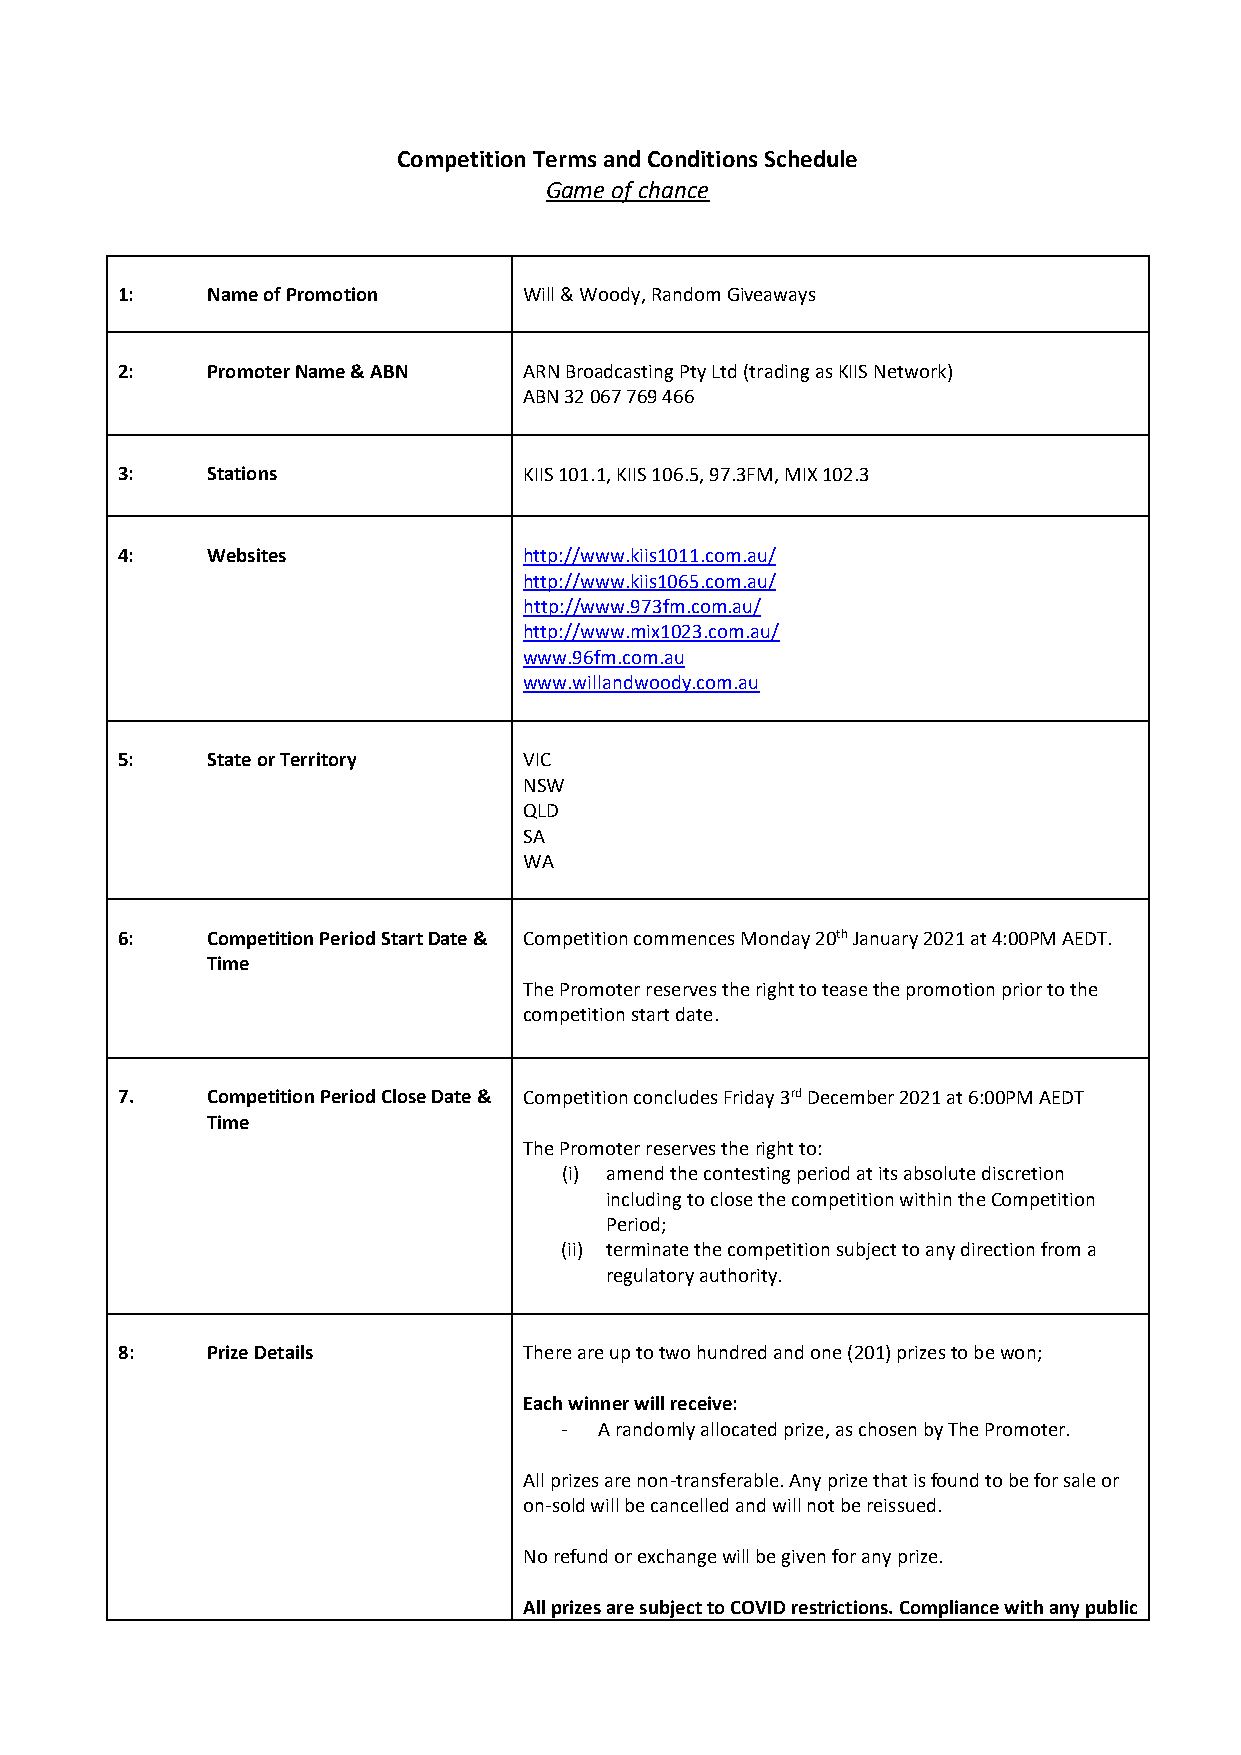
Competition Terms and Conditions Schedule
 Game of chance
 1:    Name of Promotion    Will & Woody, Random Giveaways
 2:    Promoter Name & ABN  ARN Broadcasting Pty Ltd (trading as KIIS Network)
 ABN 32 067 769 466
 3:    Stations             KIIS 101.1, KIIS 106.5, 97.3FM, MIX 102.3
 4:    Websites             http://www.kiis1011.com.au/
 http://www.kiis1065.com.au/
 http://www.973fm.com.au/
 http://www.mix1023.com.au/
 www.96fm.com.au
 www.willandwoody.com.au
 5:    State or Territory   VIC
 NSW
 QLD
 SA
 WA
 6:    Competition Period Start Date & Competition commences Monday 20th January 2021 at 4:00PM AEDT.
 Time
 The Promoter reserves the right to tease the promotion prior to the
 competition start date.
 7.    Competition Period Close Date & Competition concludes Friday 3rd December 2021 at 6:00PM AEDT
 Time
 The Promoter reserves the right to:
 (i) amend the contesting period at its absolute discretion
 including to close the competition within the Competition
 Period;
 (ii) terminate the competition subject to any direction from a
 regulatory authority.
 8:    Prize Details        There are up to two hundred and one (201) prizes to be won;
 Each winner will receive:
 -  A randomly allocated prize, as chosen by The Promoter.
 All prizes are non-transferable. Any prize that is found to be for sale or
 on-sold will be cancelled and will not be reissued.
 No refund or exchange will be given for any prize.
 All prizes are subject to COVID restrictions. Compliance with any public